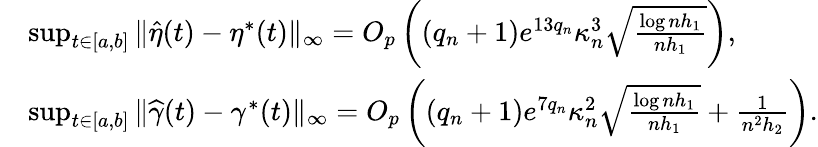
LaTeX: \begin{array}{rl}&{\operatorname*{sup}_{t\in[a,b]}\| \widehat{\eta}(t)-\eta^{*}(t)\| _{\infty}=O_{p}\left((q_{n}+1)e^{13q_{n}}\kappa_{n}^{3}\sqrt{\frac{\log nh_{1}}{nh_{1}}}\right),}\\ &{\operatorname*{sup}_{t\in[a,b]}\| \widehat{\gamma}(t)-\gamma^{*}(t)\| _{\infty}=O_{p}\left((q_{n}+1)e^{7q_{n}}\kappa_{n}^{2}\sqrt{\frac{\log nh_{1}}{nh_{1}}}+\frac{1}{n^{2}h_{2}}\right).}\end{array}